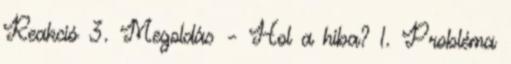
Reakció 3. Megoldás – Hol a hiba? 1. Probléma